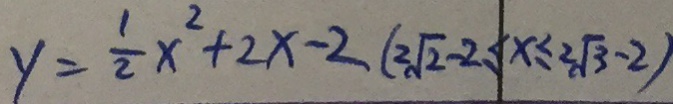
y = \frac { 1 } { 2 } x ^ { 2 } + 2 x - 2 ( 2 \sqrt { 2 } - 2 \leq x \leq 2 \sqrt { 3 } - 2 )